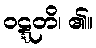
ဝဋ္ဋတိ၊ ၏။